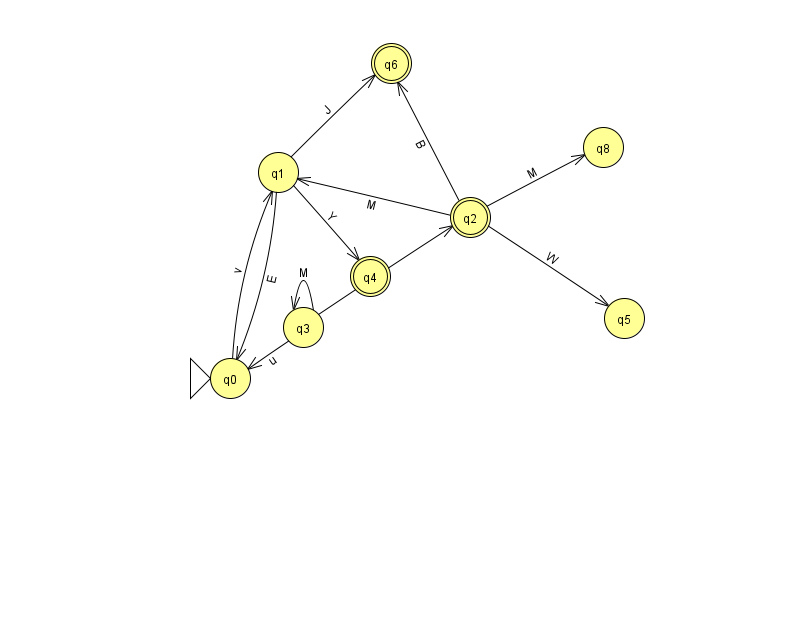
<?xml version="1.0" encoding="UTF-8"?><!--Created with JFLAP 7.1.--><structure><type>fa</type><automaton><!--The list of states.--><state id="0" name="q0"><x>230.0</x><y>365.0</y><initial/></state><state id="1" name="q1"><x>278.0</x><y>159.0</y></state><state id="2" name="q2"><x>470.0</x><y>204.0</y><final/></state><state id="3" name="q3"><x>303.0</x><y>314.0</y></state><state id="4" name="q4"><x>370.0</x><y>263.0</y><final/></state><state id="5" name="q5"><x>624.0</x><y>305.0</y></state><state id="6" name="q6"><x>391.0</x><y>50.0</y><final/></state><state id="8" name="q8"><x>603.0</x><y>134.0</y></state><!--The list of transitions.--><transition><from>2</from><to>1</to><read>M</read></transition><transition><from>2</from><to>8</to><read>M</read></transition><transition><from>2</from><to>5</to><read>W</read></transition><transition><from>0</from><to>1</to><read>v</read></transition><transition><from>1</from><to>0</to><read>E</read></transition><transition><from>1</from><to>6</to><read>J</read></transition><transition><from>2</from><to>6</to><read>B</read></transition><transition><from>1</from><to>4</to><read>Y</read></transition><transition><from>3</from><to>3</to><read>M</read></transition><transition><from>3</from><to>0</to><read>u</read></transition><transition><from>3</from><to>2</to><read>t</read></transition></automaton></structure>